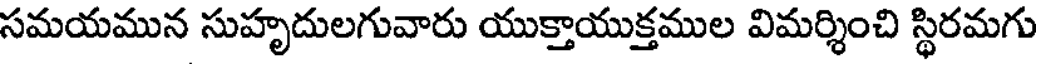
సమయమున సుహృదులగువారు యుక్తాయుక్తముల విమర్శించి స్థిరమగు